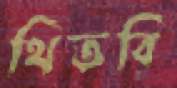
থিতবি